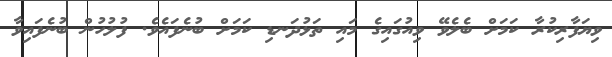
ވިޔަފާރިކުރާ ކަމަށް ބެލެވޭ ވިއުގައިގެ މައި ތަޅުދަނޑި ކަމަށް ބުނެފައެވެ. ފުލުހުން ބުނެފައިވާ